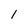
Character: l